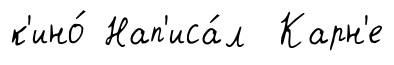
к'ино́ Нап'иса́л Карн'е